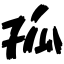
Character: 孤